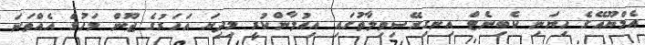
އެމްޔޫއޭގެ ހިޔަނި ކެބިނެޓް އިނގިރޭސިވިލާތުގައި އިއުލާންކުރީ މިދިޔަ އަހަރުގެ ޖޫން މަހުގެ އެއްވަނަ